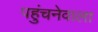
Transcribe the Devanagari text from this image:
पहुंचनेवाला